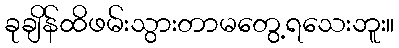
ခုချိန်ထိဖမ်းသွားတာမတွေ့ရသေးဘူး။